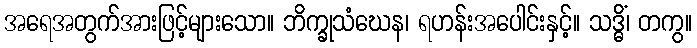
အရေအတွက်အားဖြင့်များသော။ ဘိက္ခုသံဃေန၊ ရဟန်းအပေါင်းနှင့်။ သဒ္ဓိံ၊ တကွ။